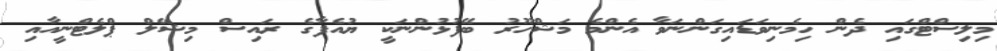
މިލިސްޓްގައި ދެން ހިމެނިވަޑައިގަންނަވާ އެންމެ މަޝްހޫރު ބޭފުޅުންނަކީ ޔުއެފާގެ ރައިސް މިޝޭލް ޕްލެޓްނީއާއި